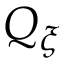
Q _ { \xi }